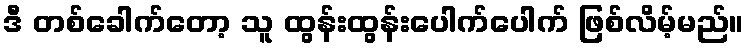
ဒီ တစ်ခေါက်တော့ သူ ထွန်းထွန်းပေါက်ပေါက် ဖြစ်လိမ့်မည်။